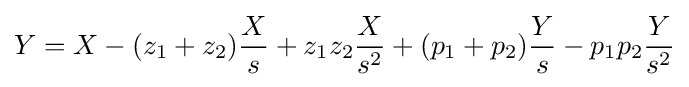
Y=X-(z_{1}+z_{2}){\frac {X}{s}}+z_{1}z_{2}{\frac {X}{s^{2}}}+(p_{1}+p_{2}){\frac {Y}{s}}-p_{1}p_{2}{\frac {Y}{s^{2}}}